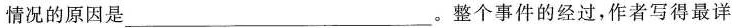
情况的原因是___。整个事件的经过，作者写得最详